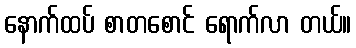
နောက်ထပ် စာတစောင် ရောက်လာ တယ်။